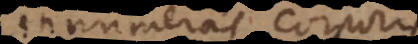
innumeras corporis